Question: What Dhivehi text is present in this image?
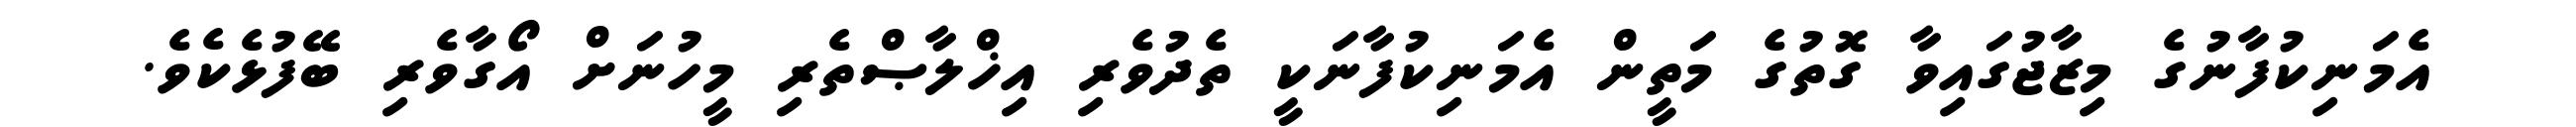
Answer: އެމަނިކުފާނުގެ މިޒާޖުގައިވާ ގޮތުގެ މަތީން އެމަނިކުފާނަކީ ތެދުވެރި އިޚްލާޞްތެރި މީހުނަށް އޯގާވެރި ބޭފުޅެކެވެ.